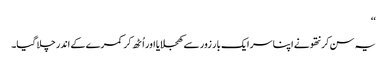
‘‘
یہ سن کر نتھو نے اپنا سر ایک بار زور سے کھجلایا اور اُٹھ کر کمرے کے اندر چلا گیا۔